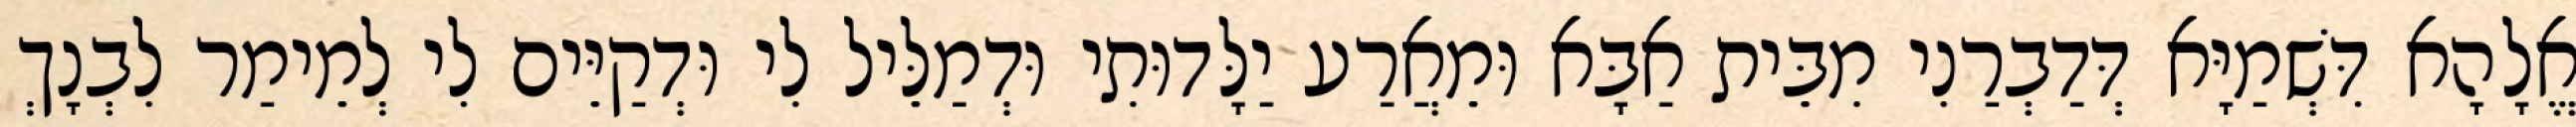
אֱלָהָא דִּשְׁמַיָּא דְּדַבְרַנִי מִבֵּית אַבָּא וּמֵאֲרַע יַלָּדוּתִי וּדְמַלֵּיל לִי וּדְקַיֵּים לִי לְמֵימַר לִבְנָךְ